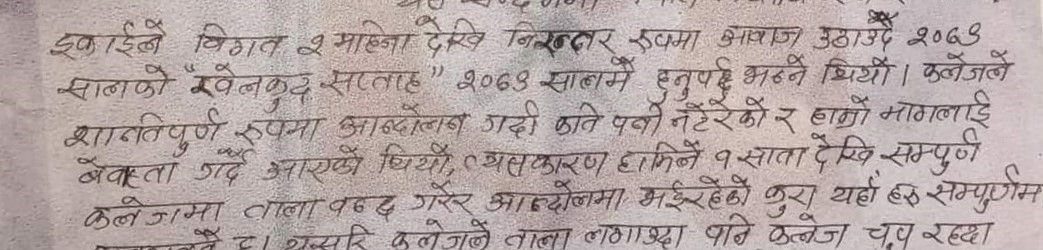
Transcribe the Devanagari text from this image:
इकाईले विगत २ महिना देखि निरन्तर रुपमा आवाज उठाउदै २०७३
सालको "खेलकुद सप्ताह" २०७३ सालमै हुनुपर्छ भन्ने थियो । कलेजले
शान्तिपुर्ण रुपमा आन्दोलन गर्दा पनि नटेरेको र हाम्रो मागलाई
बेवास्ता गर्दै आएको थियो, त्यसकारण हामिले १ साता देखि सम्पुर्ण
कलेजमा ताला बन्द गरेर आन्दोलनमा भईरहेको कुरा यहाँ हरु सम्पुर्णमा
यसले यसरी कलेजले ताला लगाउदा पनि कलेज चुप रहदा